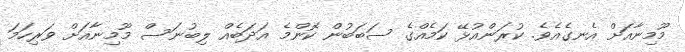
މޫމިނާއަށް އެނގެއެވެ. ކުރަންއުޅޭ ކަމެއްގެ ސަބަބުން ކޮންމެ އަދަބެއް ލިބުނަސް މޫމިނާއަށް ވަރިހަމަ